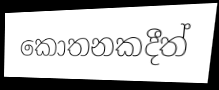
කොතනකදීත්